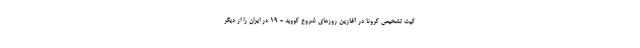
کیت تشخیص کرونا در آغازین روزهای شروع کووید - ۱۹ در ایران را از دیگر